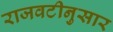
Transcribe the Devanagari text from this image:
राजवटीनुसार